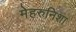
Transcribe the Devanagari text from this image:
मेहरुनिशा